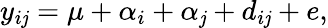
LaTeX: y_{i\mathit{j}}=\mu+\alpha_{i}+\alpha_{\mathit{j}}+d_{i\mathit{j}}+e,